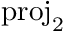
\mathrm { p r o j } _ { 2 }